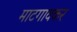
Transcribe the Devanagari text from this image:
माटगावकर